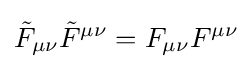
{\tilde {F}}_{\mu \nu }{\tilde {F}}^{\mu \nu }=F_{\mu \nu }F^{\mu \nu }